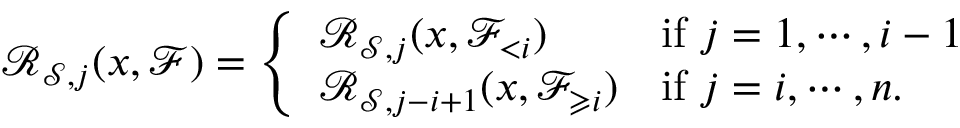
{ \mathcal R } _ { { \mathcal S } , j } ( x , \mathscr { F } ) = \left\{ \begin{array} { l l } { { \mathcal R } _ { { \mathcal S } , j } ( x , \mathscr { F } _ { < i } ) } & { \mathrm { i f ~ } j = 1 , \cdots , i - 1 } \\ { { \mathcal R } _ { { \mathcal S } , j - i + 1 } ( x , \mathscr { F } _ { \geqslant i } ) } & { \mathrm { i f ~ } j = i , \cdots , n . } \end{array} \right.